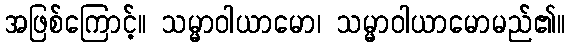
အဖြစ်ကြောင့်။ သမ္မာဝါယာမော၊ သမ္မာဝါယာမောမည်၏။